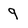
Character: 9